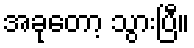
အခုတော့ သွားပြီ။